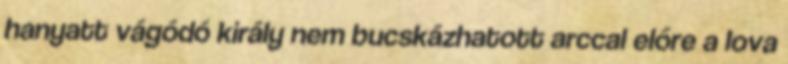
hanyatt vágódó király nem bucskázhatott arccal előre a lova